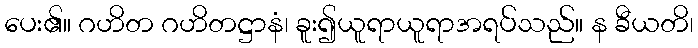
ပေး၏။ ဂဟိတ ဂဟိတဋ္ဌာနံ၊ ခူး၍ယူရာယူရာအရပ်သည်။ န ခီယတိ၊